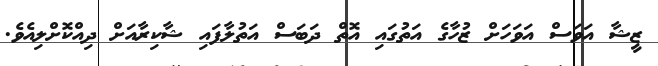
ޒީޝާ އަވަސް އަވަހަށް ޒުހާގެ އަތުގައި އޮތް ދަބަސް އަތުލާފައި ޝާކިރާއަށް ދިއްކޮށްލިއެވެ.